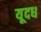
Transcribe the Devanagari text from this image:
यूदध